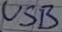
Text: USB